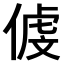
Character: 𠋵